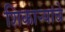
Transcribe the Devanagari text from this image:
शिकाऱ्यांचे